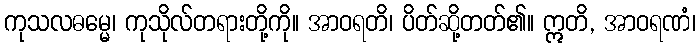
ကုသလဓမ္မေ၊ ကုသိုလ်တရားတို့ကို။ အာဝရတိ၊ ပိတ်ဆို့တတ်၏။ ဣတိ, အာဝရဏံ၊